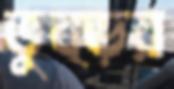
তুব্‌ড়য়